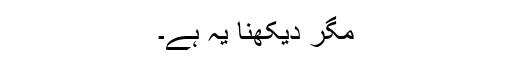
مگر دیکھنا یہ ہے۔